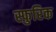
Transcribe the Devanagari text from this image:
स्फुरिक